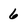
Character: 6